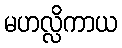
မဟလ္လိကာယ